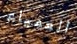
العمياء